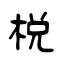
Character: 棁